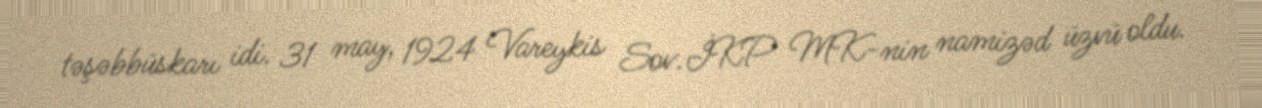
təşəbbüskarı idi. 31 may, 1924 Vareykis Sov.İKP MK-nin namizəd üzvü oldu.